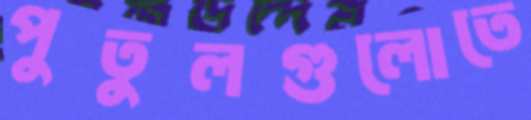
পুতুলগুলোতে